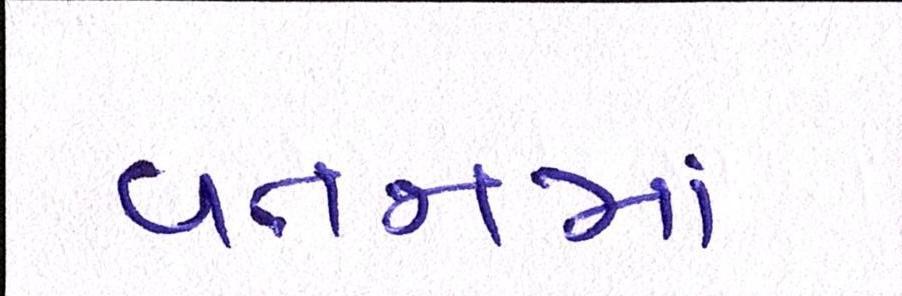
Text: વતનમાં